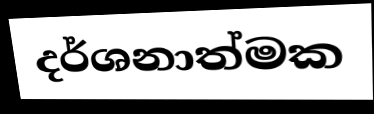
දර්ශනාත්මක